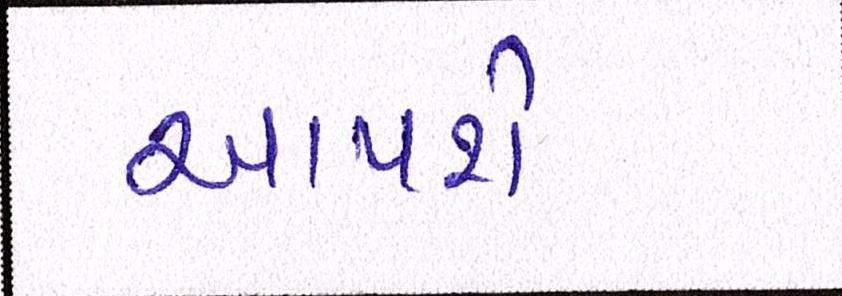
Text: આપશે